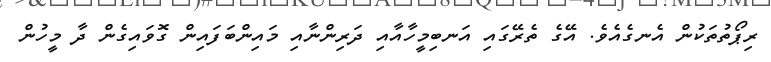
ރިޕޯތުތަކުން އެނގެއެވެ. އޭގެ ތެރޭގައި އަނބިމީހާއާއި ދަރިންނާއި މައިންބަފައިން ގޮވައިގެން ދާ މީހުން